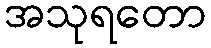
အသုရတော